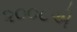
૨૦૦૮એ